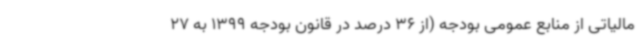
مالیاتی از منابع عمومی بودجه (از 36 درصد در قانون بودجه 1399 به 27